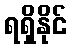
ရရှိနိုင်